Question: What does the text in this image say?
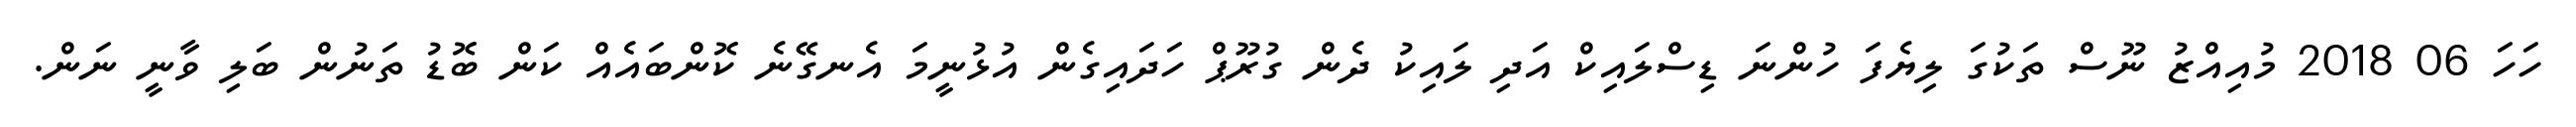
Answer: ހަހަ 06 2018 މުއިއްޒު ނޫސް ތަކުގަ ލިޔެފަ ހުންނަ ޑިސްލައިކް އަދި ލައިކު ދެން ގުރޫޕް ހަދައިގެން އުޅުނީމަ އެނގޭނެ ކޮންބައެއް ކަން ބޮޑު ތަނުން ބަލި ވާނީ ނަން.